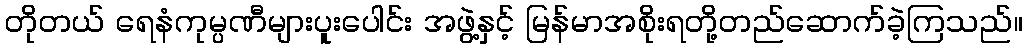
တိုတယ် ရေနံကုမ္ပဏီများပူးပေါင်း အဖွဲ့နှင့် မြန်မာအစိုးရတို့တည်ဆောက်ခဲ့ကြသည်။